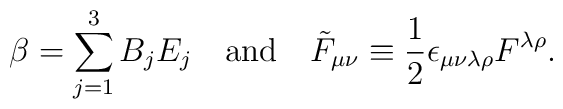
\beta=\sum_{j=1}^3B_jE_j \quad \mbox{and} \quad {\tilde F}_{\mu\nu}\equiv\frac12\epsilon_{\mu\nu\lambda\rho}F^{\lambda\rho}.